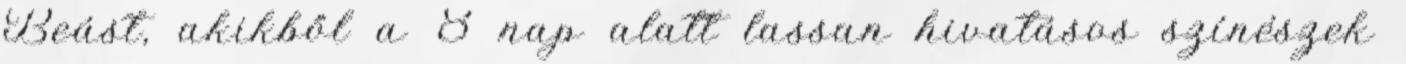
Beást, akikből a 8 nap alatt lassan hivatásos színészek